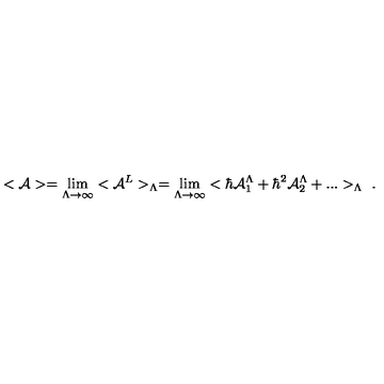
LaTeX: < { \cal A } > = \lim _ { \Lambda \rightarrow \infty } < { \cal A } ^ { L } > _ { \Lambda } = \lim _ { \Lambda \rightarrow \infty } < \hbar { \cal A } _ { 1 } ^ { \Lambda } + \hbar ^ { 2 } { \cal A } _ { 2 } ^ { \Lambda } + . . . > _ { \Lambda } \ .